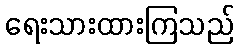
ရေးသားထားကြသည်